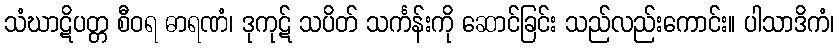
သံဃာဋိပတ္တ စီဝရ ဓာရဏံ၊ ဒုကုဋ် သပိတ် သင်္ကန်းကို ဆောင်ခြင်း သည်လည်းကောင်း။ ပါသာဒိကံ၊